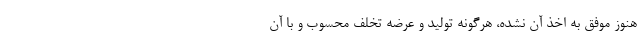
هنوز موفق به اخذ آن نشده، هرگونه تولید و عرضه تخلف محسوب و با آن